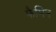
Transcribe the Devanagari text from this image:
फैमिन